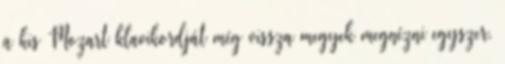
a kis Mozart klavikordját még vissza megyek megnézni egyszer.